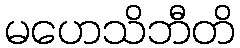
မဟေသိဘီတိ